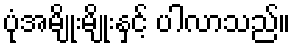
ပုံအမျိုးမျိုးနှင့် ပါလာသည်။